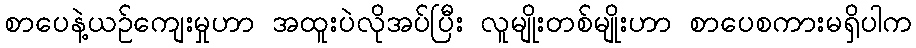
စာပေနဲ့ယဉ်ကျေးမှုဟာ အထူးပဲလိုအပ်ပြီး လူမျိုးတစ်မျိုးဟာ စာပေစကားမရှိပါက